Scottish Leaving Certificate Examination, 1958
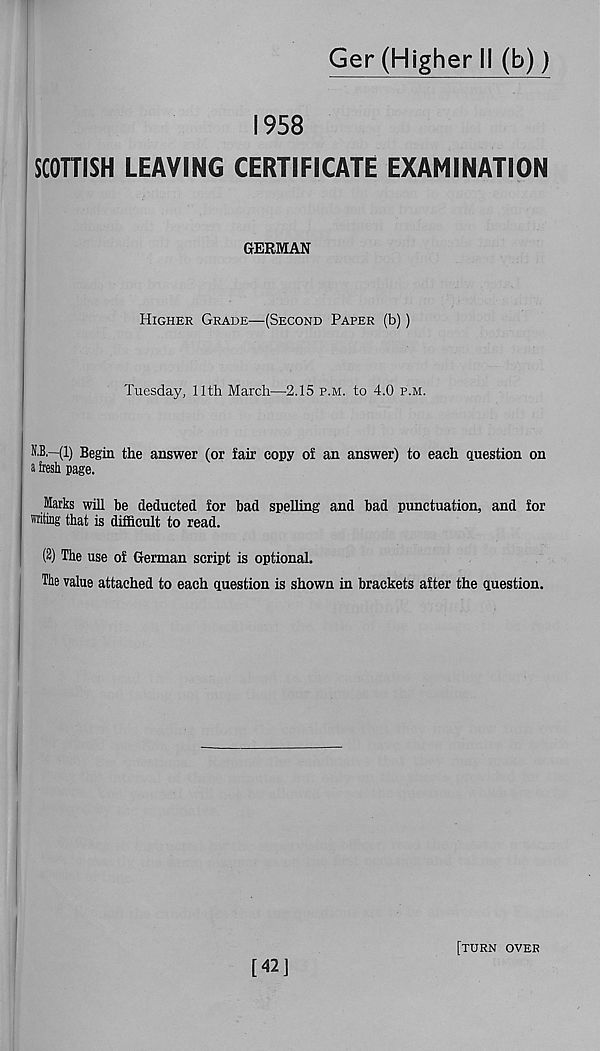
Ger (Higher II (b))
1958
SCOTTISH LEAVING CERTIFICATE EXAMINATION
GERMAN
Higher Grade—(Second Paper (b))
Tuesday, 11th March—2.15 p.m. to 4.0 p.m.
N.B.—(1) Begin the answer (or fair copy of an answer) to each question on
a fresh page.
Marks will be deducted for bad spelling and bad punctuation, and for
writing that is difficult to read.
(2) The use of German script is optional.
The value attached to each question is shown in brackets after the question.
[42]
[turn over